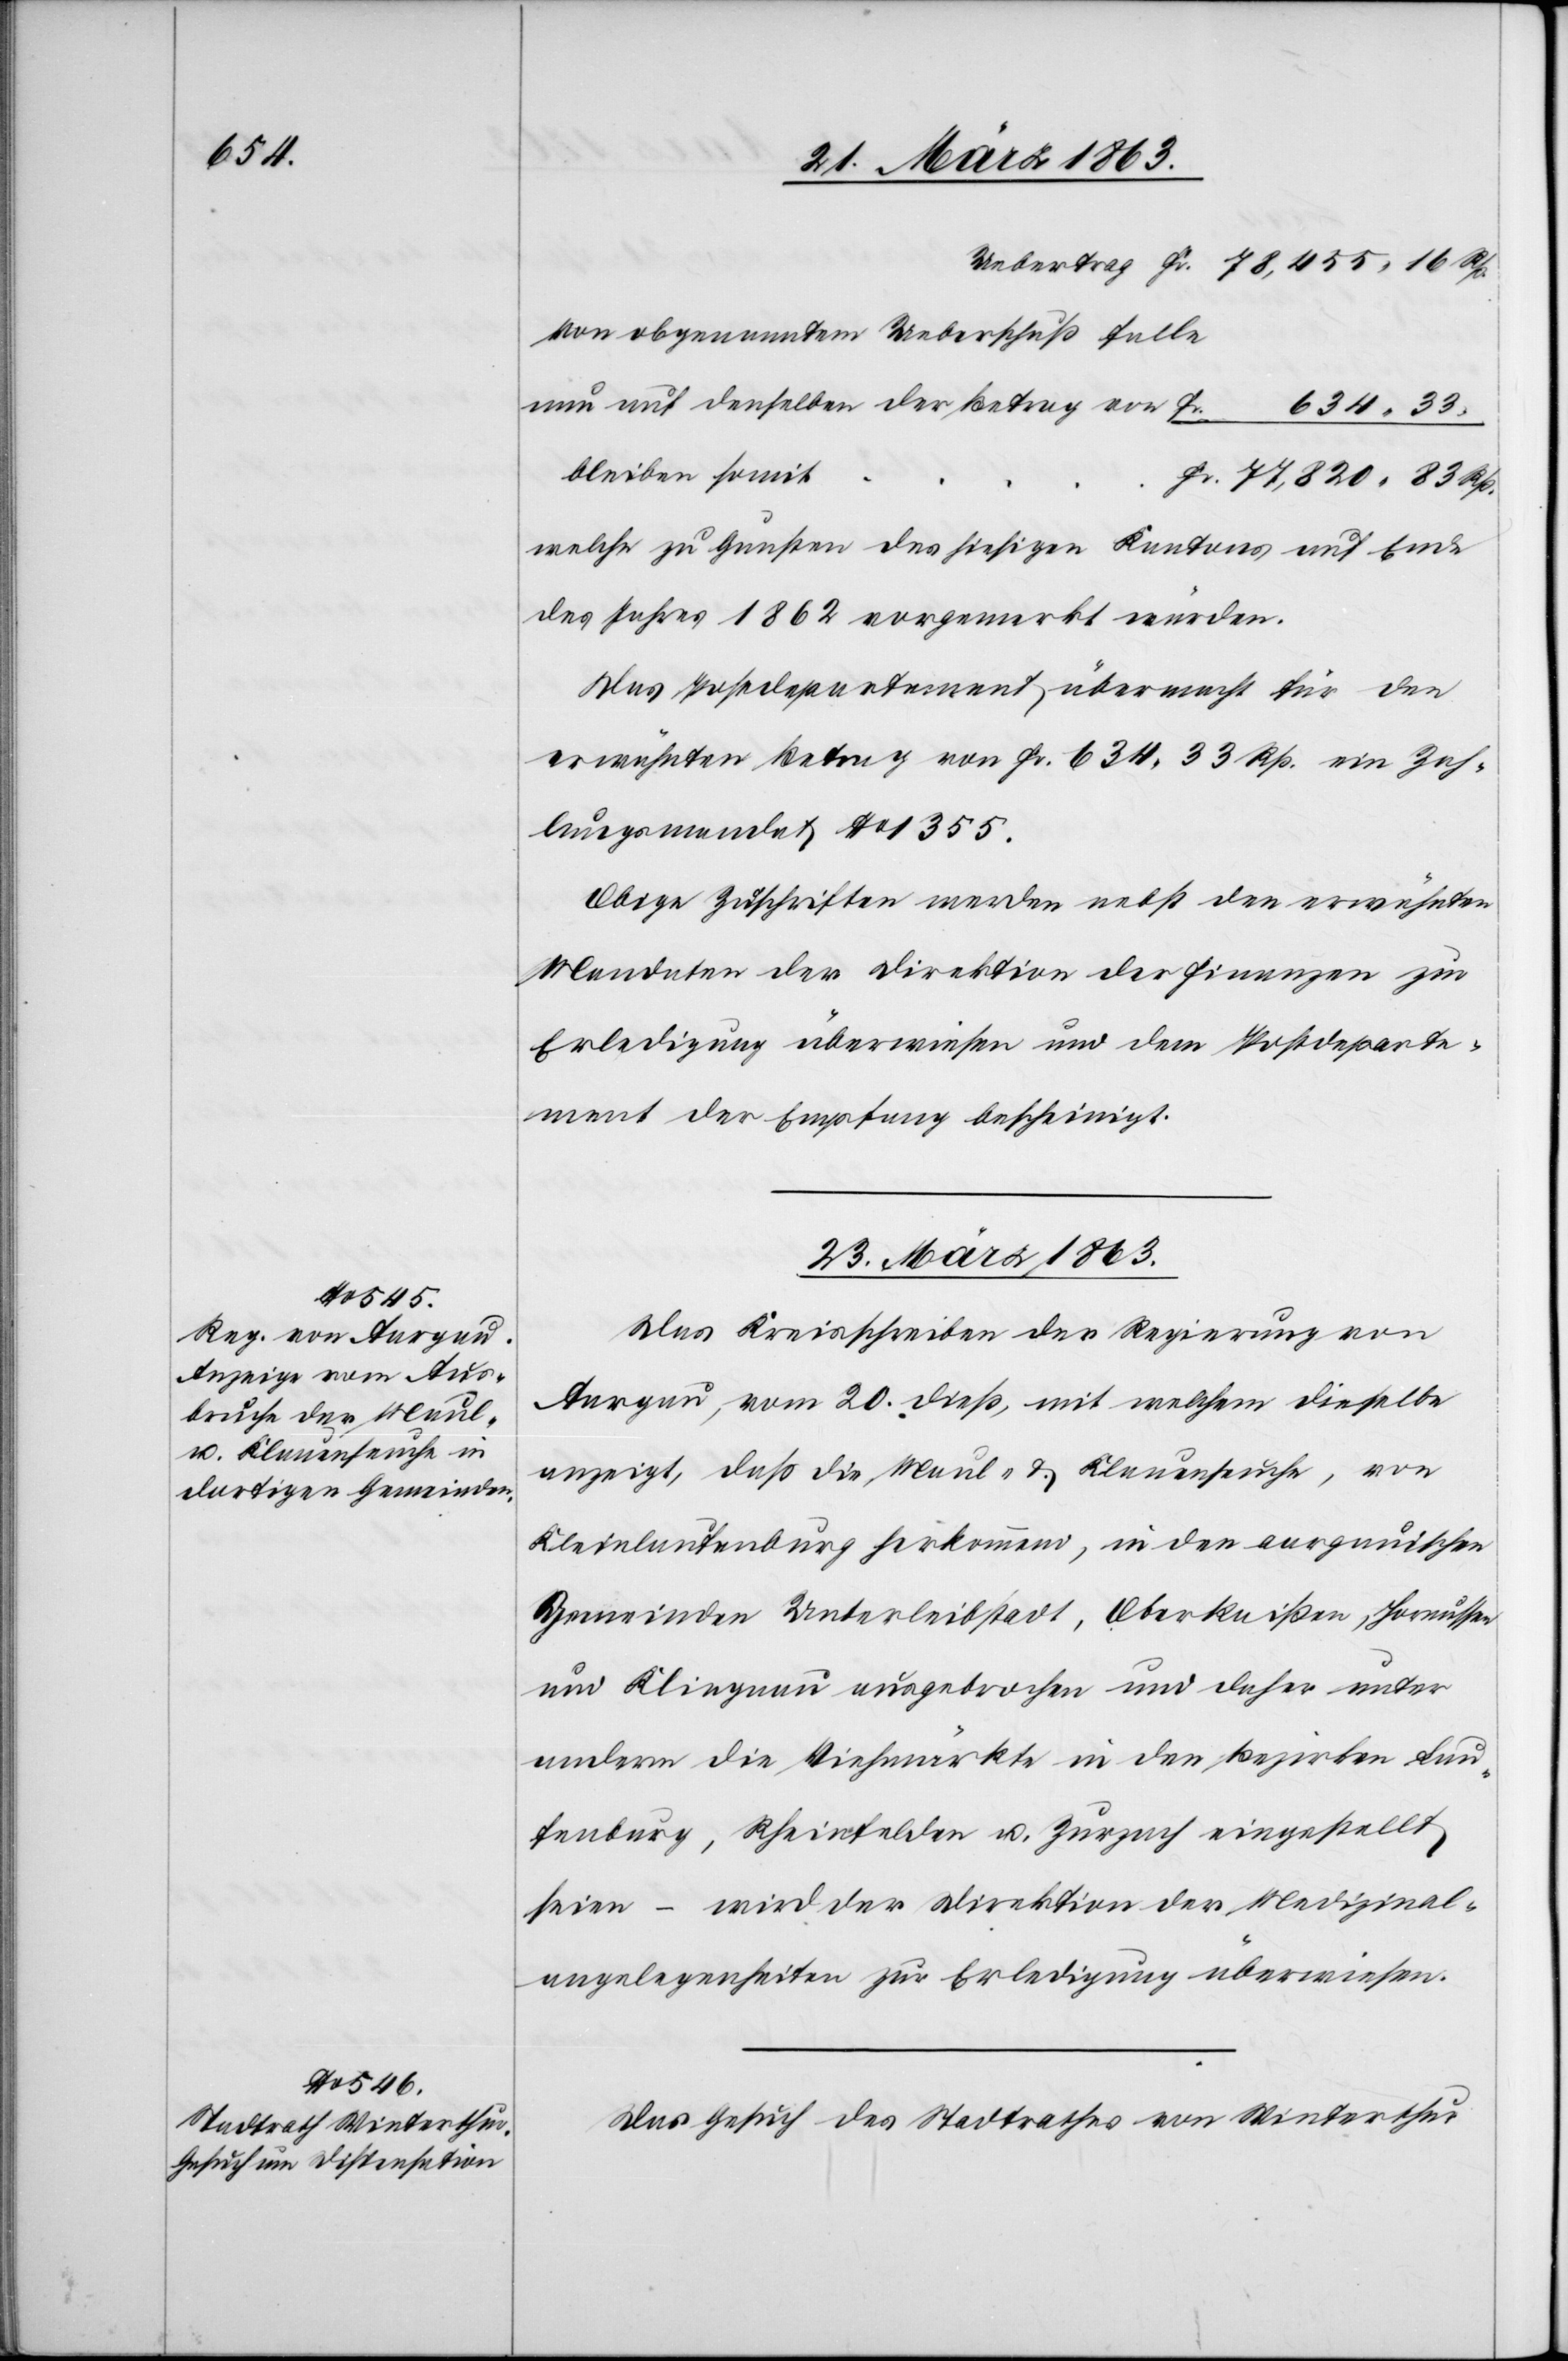
33.

von obgenanntem Ueberschuß falle
nun auf denselben der Betrag von
bleiben somit
welche zu Gunsten des hiesigen Kantons auf Ende
des Jahres 1862 vorgemerkt würden.
Das Postdepartement übermacht für den
erwähnten Betrag von Fr. 634. 33 Rp. ein Zah¬
lungsmandat No 1355.
Obige Zuschriften werden nebst den erwähnten
Mandaten der Direktion der Finanzen zur
Erledigung überwiesen und dem Postdeparte¬
ment der Empfang bescheinigt.
23. März 1863.]
Das Kreisschreiben der Regierung von
Aargau, vom 20. dieß, mit welchem dieselbe
anzeigt, daß die Maul- & Klauenseuche, von
Kleinlaufenburg herkommend, in den aargauischen
Gemeinden Unterleibstadt, Oberkaißen, Hornussen
und Klingnau ausgebrochen und daher unter
anderm die Viehmärkte in den Bezirken Lau¬
fenburg, Rheinfelden u. Zurzach eingestellt
seien – wird der Direktion der Medizinal¬
angelegenheiten zur Erledigung überwiesen.
Das Gesuch des Stadtrathes von Winterthur